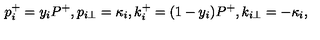
p _ { i } ^ { + } = y _ { i } P ^ { + } , p _ { i \perp } = \kappa _ { i } , k _ { i } ^ { + } = ( 1 - y _ { i } ) P ^ { + } , k _ { i \perp } = - \kappa _ { i } ,